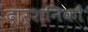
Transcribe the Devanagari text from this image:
दार्शनिकौं